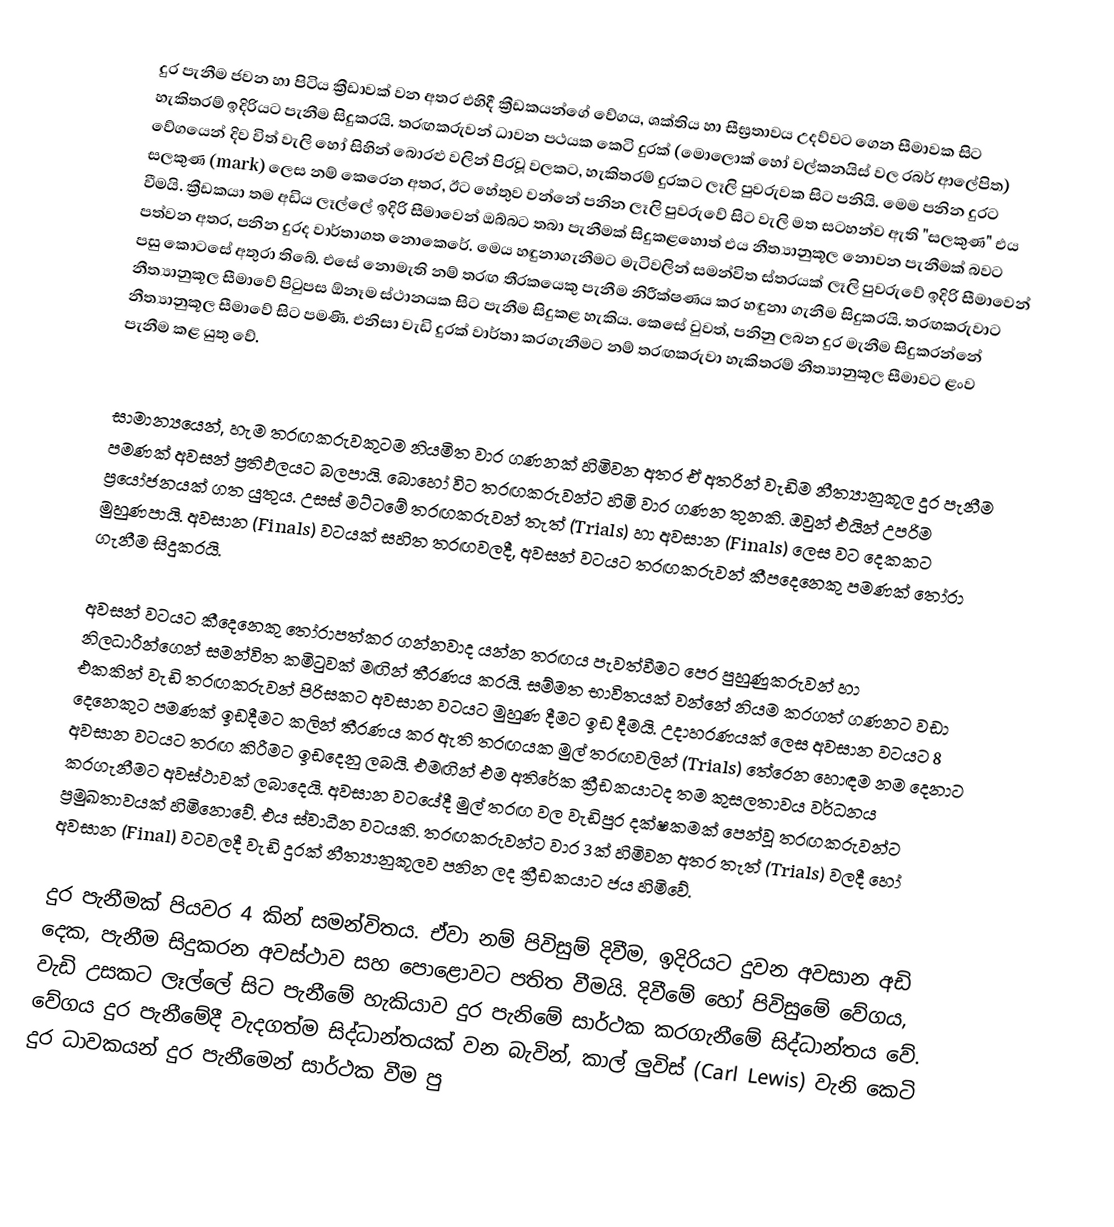
දුර පැනීම ජවන හා පිටිය ක්‍රීඩාවක් වන අතර එහිදී ක්‍රීඩකයන්ගේ වේගය, ශක්තිය හා සීඝ්‍රතාවය උදව්වට ගෙන සීමාවක සිට හැකිතරම් ඉදිරියට පැනීම සිදුකරයි. තරඟකරුවන් ධාවන පථයක කෙටි දුරක් (මොලොක් හෝ වල්කනයිස් වල රබර් ආලේපිත) වේගයෙන් දිව විත් වැලි හෝ සිහින් බොරළු වලින් පිරවූ වලකට, හැකිතරම් දුරකට ලෑලි පුවරුවක සිට පනියි. මෙම පනින දුරට සලකුණ (mark) ලෙස නම් කෙරෙන අතර, ඊට හේතුව වන්නේ පනින ලෑලි පුවරුවේ සිට වැලි මත සටහන්ව ඇති "සලකුණ" එය වීමයි. ක්‍රීඩකයා තම අඩිය ලෑල්ලේ ඉදිරි සීමාවෙන් ඔබ්බට තබා පැනීමක් සිදුකළහොත් එය නීත්‍යානුකූල නොවන පැනීමක් බවට පත්වන අතර, පනින දුරද  වාර්තාගත නො‍කෙරේ. මෙය හඳුනාගැනීමට මැටිවලින් සමන්විත ස්තරයක් ලෑලි පුවරුවේ ඉදිරි සීමාවෙන් පසු කොටසේ අතුරා තිබේ. එසේ නොමැති නම් තරඟ තීරකයෙකු පැනීම නිරීක්ෂණය කර හඳුනා ගැනීම සිදුකරයි. තරඟකරුවාට නීත්‍යානුකූල සීමාවේ පිටුපස ඕනෑම ස්ථානයක සිට පැනීම සිදුකළ හැකිය. කෙසේ වුවත්, පනිනු ලබන දුර මැනීම සිදුකරන්නේ නීත්‍යානුකූල සීමාවේ සිට පමණි. එනිසා වැඩි දුරක් වාර්තා කරගැනීමට නම් තරඟකරුවා හැකිතරම් නීත්‍යානුකූල සීමාවට ළංව පැනීම කළ යුතු වේ.

සාමාන්‍යයෙන්, හැම තරඟකරුවකුටම නියමිත වාර ගණනක් හිමිවන අතර ඒ අතරින් වැඩිම නීත්‍යානුකූල දුර පැනීම පමණක් අවසන් ප්‍රතිඵලයට බලපායි. බොහෝ විට තරඟකරුවන්ට හිමි වාර ගණන තුනකි. ඔවුන් එයින් උපරිම ප්‍රයෝජනයක් ගත යුතුය. උසස් මට්ටමේ තරඟකරුවන් තැත් (Trials) හා අවසාන (Finals) ලෙස වට දෙකකට මුහුණපායි. අවසාන (Finals) වටයක් සහිත තරඟවලදී, අවසන් වටයට තරඟකරුවන් කීපදෙනෙකු පමණක් තෝරා ගැනීම සිදුකරයි.

අවසන් වටයට කීදෙනෙකු තෝරාපත්කර ගන්නවාද යන්න තරඟය පැවත්වීමට පෙර පුහුණුකරුවන් හා නිලධාරීන්ගෙන් සමන්විත කමිටුවක් මඟින් තීරණය කරයි. සම්මත භාවිතයක් වන්නේ නියම කරගත් ගණනට වඩා එකකින් වැඩි තරඟකරුවන් පිරිසකට අවසාන වටයට මුහුණ දීමට ඉඩ දීමයි. උදාහරණයක් ලෙස අවසාන වටයට 8 දෙනෙකුට පමණක් ඉඩදීමට කලින් තීරණය කර ඇති තරඟයක මුල් තරඟවලින් (Trials) තේරෙන හොඳම නම දෙනාට අවසාන වටයට තරඟ කිරීමට ඉඩදෙනු ලබයි. එමඟින් එම අතිරේක ක්‍රීඩකයාටද තම කුසලතාවය වර්ධනය කරගැනීමට අවස්ථාවක් ලබාදෙයි. අවසාන වටයේදී මුල් තරඟ වල වැඩිපුර දක්ෂකමක් පෙන්වූ තරඟකරුවන්ට ප්‍රමුඛතාවයක් හිමිනොවේ. එය ස්වාධීන වටයකි. තරඟකරුවන්ට වාර 3ක් හිමිවන අතර තැත් (Trials) වලදී හෝ අවසාන (Final) වටවලදී වැඩි දුරක් නීත්‍යානුකූලව පනින ලද ක්‍රීඩකයාට ජය හිමිවේ.

දුර පැනීමක් පියවර 4 කින් සමන්විතය. ඒවා නම් පිවිසුම් දිවීම, ඉදිරියට දුවන අවසාන අඩි දෙක, පැනීම සිදුකරන අවස්ථාව සහ පොළොවට පතිත වීමයි. දිවීමේ හෝ පිවිසුමේ වේගය, වැඩි උසකට ලෑල්ලේ සිට පැනීමේ හැකියාව දුර පැනිමේ සාර්ථක කරගැනීමේ සිද්ධාන්තය වේ. වේගය දුර පැනීමේදී වැදගත්ම සිද්ධාන්තයක් වන බැවින්, කාල් ලුවිස් (Carl Lewis) වැනි කෙටි දුර ධාවකයන් දුර පැනීමෙන් සාර්ථක වීම පු